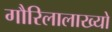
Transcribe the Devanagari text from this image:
गौरिलालाख्यो